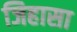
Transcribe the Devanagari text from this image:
जिहासा